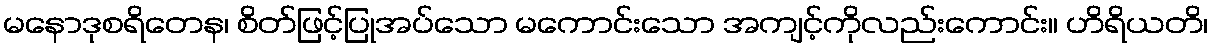
မနောဒုစရိတေန၊ စိတ်ဖြင့်ပြုအပ်သော မကောင်းသော အကျင့်ကိုလည်းကောင်း။ ဟိရိယတိ၊